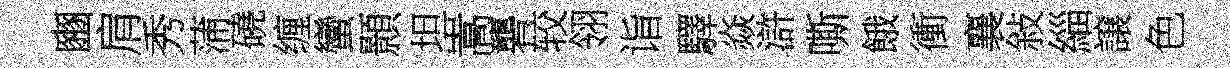
豳肩秀蒲磽缠蠻顥坦嵩礱较翎诣驛焱滸嘶餓衝襄敍緇譲色